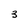
Character: 3